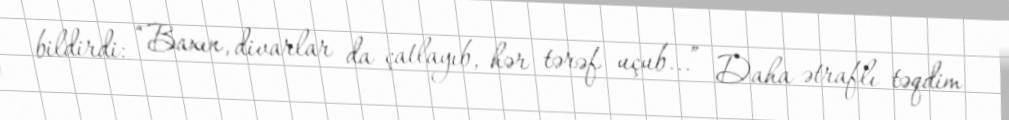
bildirdi: “Baxın, divarlar da çatlayıb, hər tərəf uçub...” Daha ətraflı təqdim